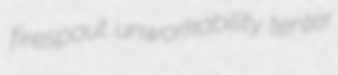
firespout unworkability tenter